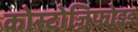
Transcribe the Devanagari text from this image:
कोस्टोज़िफोइड